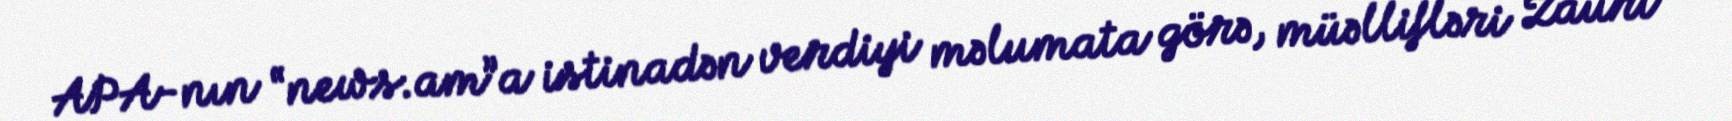
APA-nın “news.am”a istinadən verdiyi məlumata görə, müəllifləri Zauri